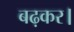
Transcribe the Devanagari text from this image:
बढ़कर।